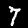
Digit: 7